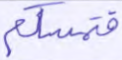
فتمسكم